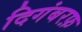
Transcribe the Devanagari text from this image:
दिगंबरफ़